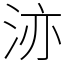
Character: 洂